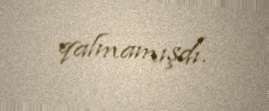
qalmamışdı.